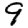
Digit: 9